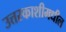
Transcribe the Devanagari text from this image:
उत्तरकाशीमधील